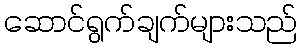
ဆောင်ရွက်ချက်များသည်